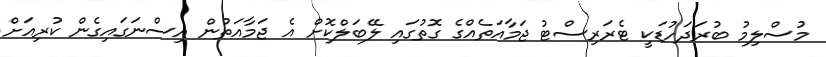
މުސްލިމު ބުރަދަހުޑަކީ ޓެރަރިސްޓު ޖަމާއަތެއްގެ ގޮތުގައި ލޭބަލްކޮށް އެ ޖަމާއަތުން އިސްނަގައިގެން ކުރިއަށް